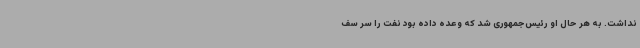
نداشت. به‌ هر حال او رئیس‌جمهوری شد که وعده داده بود نفت را سر سف